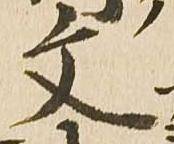
文